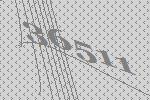
36511